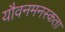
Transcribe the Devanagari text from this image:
यौवनमनस्कता